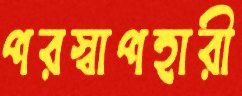
পরস্বাপহারী